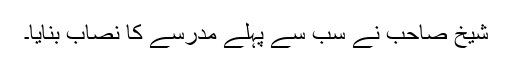
شیخ صاحب نے سب سے پہلے مدرسے کا نصاب بنایا۔